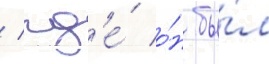
/ гд'е́ о́н бы́л